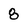
Character: 8